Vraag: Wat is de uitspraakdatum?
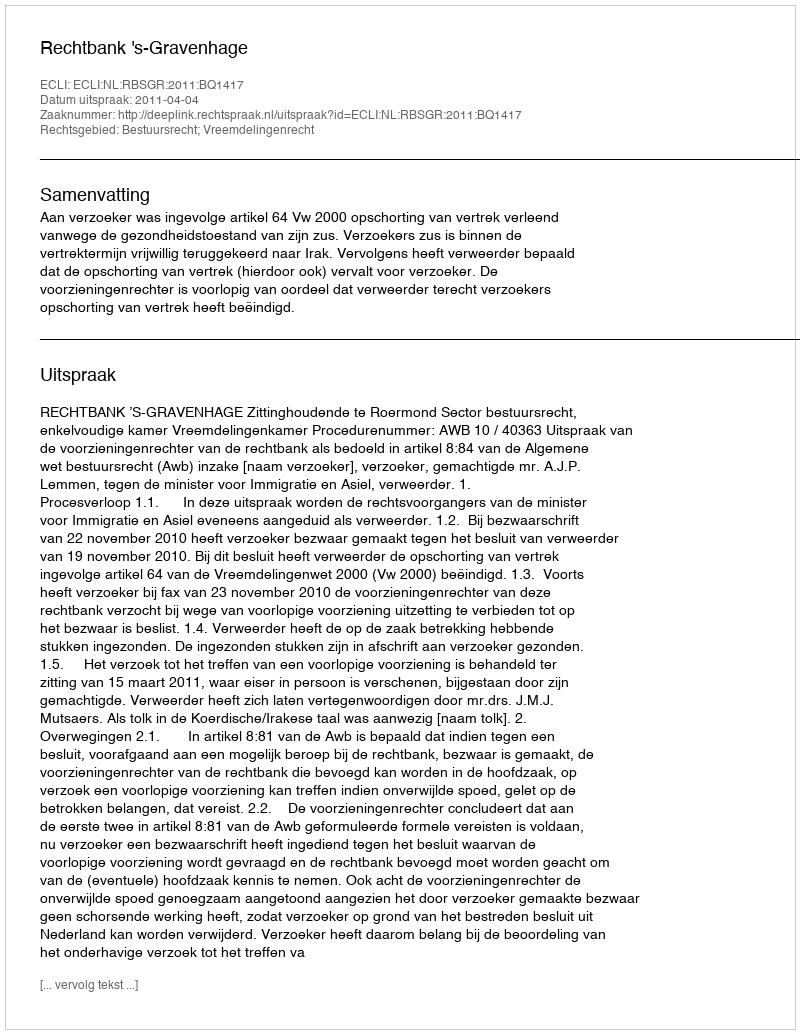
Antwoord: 2011-04-04